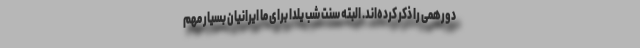
دورهمی را ذکر کرده‌اند. البته سنت شب یلدا برای ما ایرانیان بسیار مهم